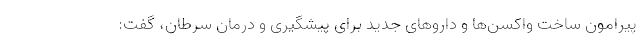
پیرامون ساخت واکسن‌ها و داروهای جدید برای پیشگیری و درمان سرطان، گفت: